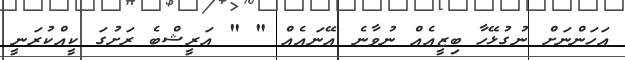
އަހަންނަށް ނުގުޅޭހާ ބިޒީއެއް ނުވާނެ އޭނައެއް " " އަރީޝްބެ ރަށުގަ ކީއްކުރަނީ